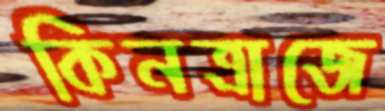
কিনত্রাজে